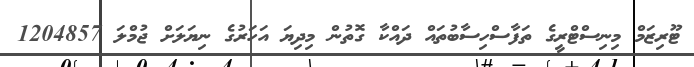
ޓޫރިޒަމް މިނިސްޓްރީގެ ތަފާސްހިސާބުތައް ދައްކާ ގޮތުން މިދިޔަ އަހަރުގެ ނިޔަލަށް ޖުމްލަ 1204857